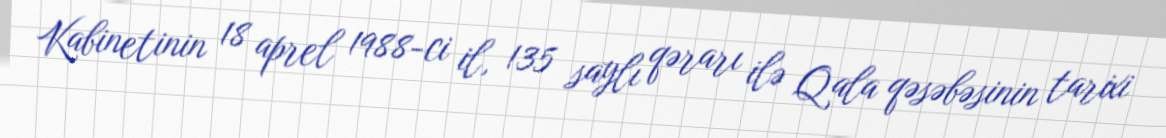
Kabinetinin 18 aprel 1988-ci il, 135 saylı qərarı ilə Qala qəsəbəsinin tarixi